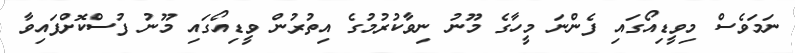
ނަމަވެސް މިވީޑިއޯގައި ފެންނަ މީހާގެ މޫނު ނިވާކުރުމުގެ އިތުރުން ވީޑިއޯގައި މޫނު ފުސްކޮށްފައިވާ